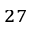
^ { 2 7 }